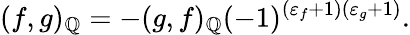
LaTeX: (f,g)_{\mathbb{Q}}=-(g,f)_{\mathbb{Q}}(-1)^{(\varepsilon_{f}+1)(\varepsilon_{g}+1)}.